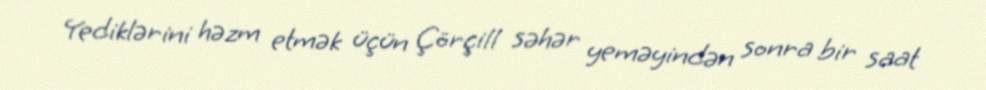
Yediklərini həzm etmək üçün Çörçill səhər yeməyindən sonra bir saat